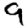
Digit: 9